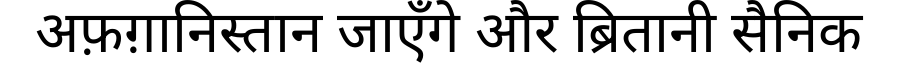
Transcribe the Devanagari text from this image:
अफ़ग़ानिस्तान जाएँगे और ब्रितानी सैनिक